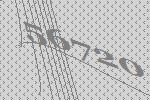
56720